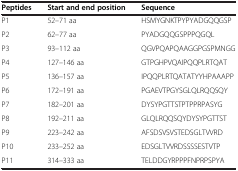
<table><thead><tr><td><b>Peptides</b></td><td><b>Start and end position</b></td><td><b>Sequence</b></td></tr></thead><tbody><tr><td>P1</td><td>52–71 aa</td><td>HSMYGNKTPYPYADGQQGSP</td></tr><tr><td>P2</td><td>62–77 aa</td><td>PYADGQQGSPPPQGQL</td></tr><tr><td>P3</td><td>93–112 aa</td><td>QGVPQAPQAAGGPGSPMNGG</td></tr><tr><td>P4</td><td>127–146 aa</td><td>GTPGHPVQAIPQQPLRTQAT</td></tr><tr><td>P5</td><td>136–157 aa</td><td>IPQQPLRTQATATYYHPAAAPP</td></tr><tr><td>P6</td><td>172–191 aa</td><td>PGAEVTPGYSGLQLRQQSQY</td></tr><tr><td>P7</td><td>182–201 aa</td><td>DYSYPGTTSTPTPPRPASYG</td></tr><tr><td>P8</td><td>192–211 aa</td><td>GLQLRQQSQYDYSYPGTTST</td></tr><tr><td>P9</td><td>223–242 aa</td><td>AFSDSVSVSTEDSGLTVVRD</td></tr><tr><td>P10</td><td>233–252 aa</td><td>EDSGLTVVRDSSSSESTVTP</td></tr><tr><td>P11</td><td>314–333 aa</td><td>TELDDGYRPPPFNPRPSPYA</td></tr></tbody></table>